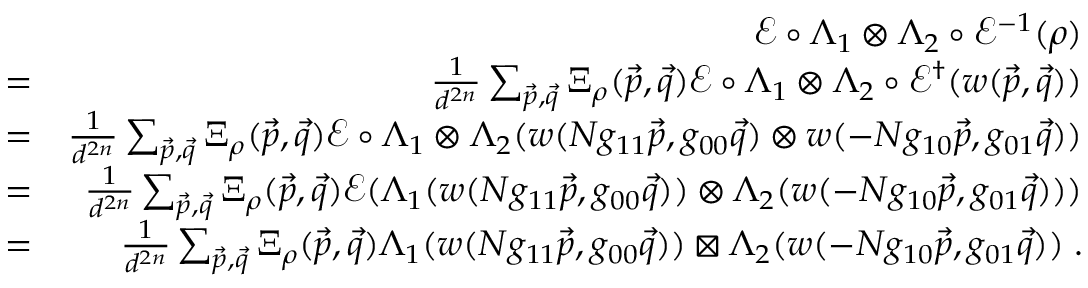
\begin{array} { r l r } & { } & { \mathcal { E } \circ \Lambda _ { 1 } \otimes \Lambda _ { 2 } \circ \mathcal { E } ^ { - 1 } ( \rho ) } \\ & { = } & { \frac { 1 } { d ^ { 2 n } } \sum _ { \vec { p } , \vec { q } } \Xi _ { \rho } ( \vec { p } , \vec { q } ) \mathcal { E } \circ \Lambda _ { 1 } \otimes \Lambda _ { 2 } \circ \mathcal { E } ^ { \dag } ( w ( \vec { p } , \vec { q } ) ) } \\ & { = } & { \frac { 1 } { d ^ { 2 n } } \sum _ { \vec { p } , \vec { q } } \Xi _ { \rho } ( \vec { p } , \vec { q } ) \mathcal { E } \circ \Lambda _ { 1 } \otimes \Lambda _ { 2 } ( w ( N g _ { 1 1 } \vec { p } , g _ { 0 0 } \vec { q } ) \otimes w ( - N g _ { 1 0 } \vec { p } , g _ { 0 1 } \vec { q } ) ) } \\ & { = } & { \frac { 1 } { d ^ { 2 n } } \sum _ { \vec { p } , \vec { q } } \Xi _ { \rho } ( \vec { p } , \vec { q } ) \mathcal { E } ( \Lambda _ { 1 } ( w ( N g _ { 1 1 } \vec { p } , g _ { 0 0 } \vec { q } ) ) \otimes \Lambda _ { 2 } ( w ( - N g _ { 1 0 } \vec { p } , g _ { 0 1 } \vec { q } ) ) ) } \\ & { = } & { \frac { 1 } { d ^ { 2 n } } \sum _ { \vec { p } , \vec { q } } \Xi _ { \rho } ( \vec { p } , \vec { q } ) \Lambda _ { 1 } ( w ( N g _ { 1 1 } \vec { p } , g _ { 0 0 } \vec { q } ) ) \boxtimes \Lambda _ { 2 } ( w ( - N g _ { 1 0 } \vec { p } , g _ { 0 1 } \vec { q } ) ) \; . } \end{array}